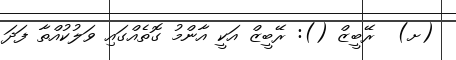
(ށ)  ރޭބީޒް (): ރޭބީޒް އަކީ އާންމު ގޮތެއްގައި ވަލުކުއްތާ ފަދަ